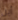
أين